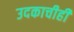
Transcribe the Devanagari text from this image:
उदकाचीही